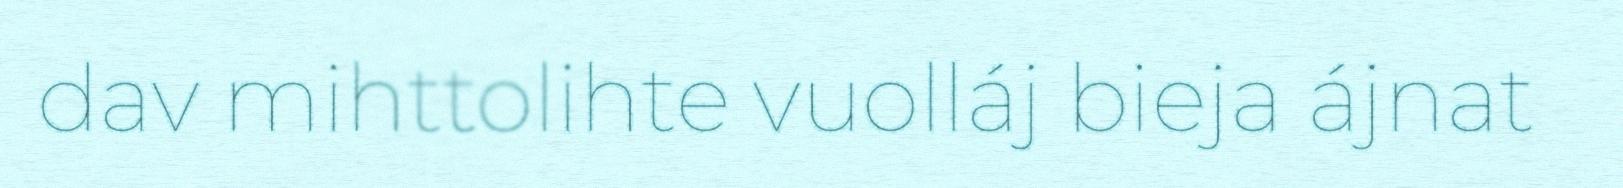
dav mihttolihte vuolláj bieja ájnat